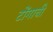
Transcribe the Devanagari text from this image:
टोंगाची